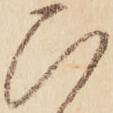
ひ